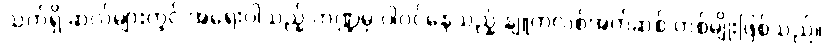
သက်ရှိ ဆဲလ်များတွင် အရေးပါသည့် ကဏ္ဍမှ ပါဝင်နေသည့် နျူကလစ်အက်ဆစ် တစ်မျိုးဖြစ်သည်။